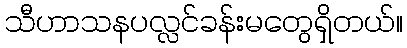
သီဟာသနပလ္လင်ခန်းမတွေရှိတယ်။